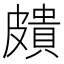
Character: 𥀠